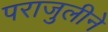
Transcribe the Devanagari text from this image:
पराजुलीने